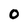
Character: O